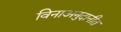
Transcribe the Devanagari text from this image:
विनाअनुदानीत